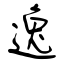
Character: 逸